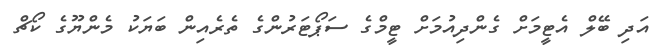
އަދި ބޭލް އެޓީމަށް ގެންދިއުމަށް ޓީމްގެ ސަޕޯޓަރުންގެ ތެރެއިން ބަޔަކު މެންޔޫގެ ކޯޗް